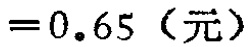
$=0.65（\text{元}）$